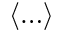
\langle \ldots \rangle